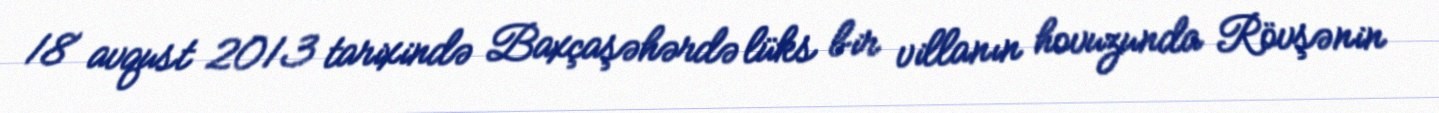
18 avqust 2013 tarixində Baxçaşəhərdə lüks bir villanın hovuzunda Rövşənin